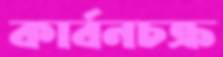
কার্বনচক্র